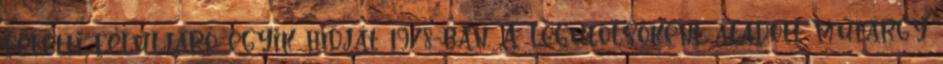
feletti felüljáró egyik hídját 1978-ban. A legutolsóként átadott műtárgy